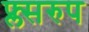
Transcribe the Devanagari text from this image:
फ्ल्सरुप